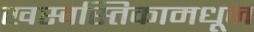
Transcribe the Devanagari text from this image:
खस्वस्तिकामधून